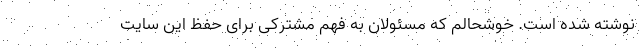
نوشته شده است. خوشحالم که مسئولان به فهم مشترکی برای حفظ این سایت